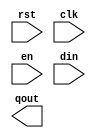
/*--  *******************************************************
--  Computer Architecture Course, Laboratory Sources 
--  Amirkabir University of Technology (Tehran Polytechnic)
--  Department of Computer Engineering (CE-AUT)
--  https://ce[dot]aut[dot]ac[dot]ir
--  *******************************************************
--  All Rights reserved (C) 2019-2020
--  *******************************************************
--  Student ID  : 
--  Student Name: 
--  Student Mail: 
--  *******************************************************
--  Additional Comments:
--
--*/

/*-----------------------------------------------------------
---  Module Name: Register 4 bit
---  Description: Lab 10 Part 1
-----------------------------------------------------------*/
`timescale 1 ns/1 ns

module register (

	input        rst ,
	input        clk ,
	input        en ,
	input  [3:0] din ,
	output [3:0] qout
);

	/* write your code here */
	
	/* write your code here */

endmodule